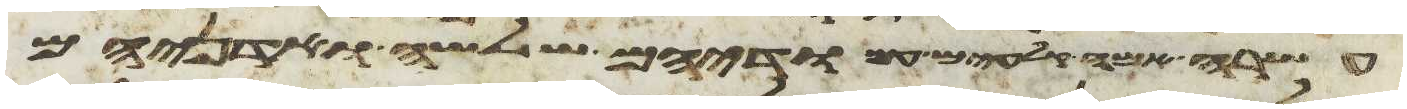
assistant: עשרה אמה עמודיהם שלשה ואדניהם